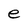
Character: e